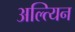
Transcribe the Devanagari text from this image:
अल्त्यिन